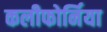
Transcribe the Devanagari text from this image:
कलीफोर्निया